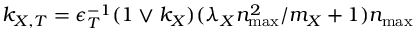
k _ { X , T } = \epsilon _ { T } ^ { - 1 } ( 1 \vee k _ { X } ) ( \lambda _ { X } n _ { \operatorname* { m a x } } ^ { 2 } / m _ { X } + 1 ) n _ { \operatorname* { m a x } }